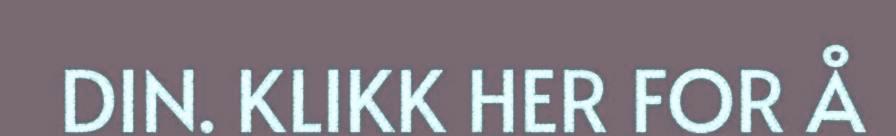
DIN. KLIKK HER FOR Å